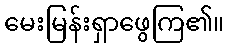
မေးမြန်းရှာဖွေကြ၏။